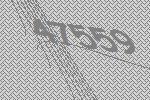
47559